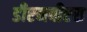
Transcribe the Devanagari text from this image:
डीएनबीएस